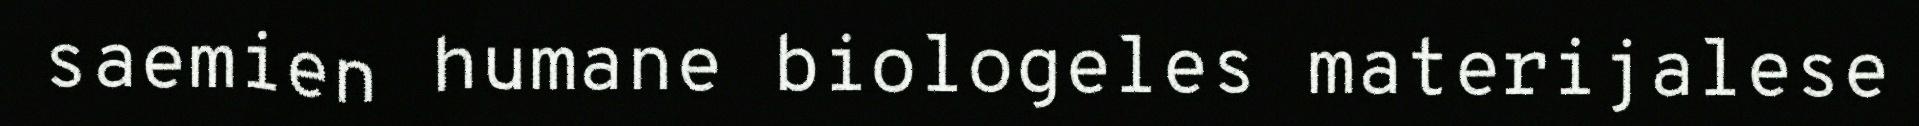
saemien humane biologeles materijalese